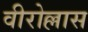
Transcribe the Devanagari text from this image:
वीरोल्लास